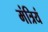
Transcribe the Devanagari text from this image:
मंत्रियं